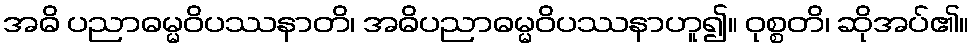
အဓိ ပညာဓမ္မဝိပဿနာတိ၊ အဓိပညာဓမ္မဝိပဿနာဟူ၍။ ဝုစ္စတိ၊ ဆိုအပ်၏။